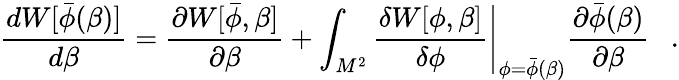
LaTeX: {\frac{dW[\bar{\phi}(\beta)]}{d\beta}}={\frac{\partial W[\bar{\phi},\beta]}{\partial\beta}}+\left.\int_{M^{2}}{\frac{\delta W[\phi,\beta]}{\delta\phi}}\right|_{\phi=\bar{\phi}(\beta)}{\frac{\partial\bar{\phi}(\beta)}{\partial\beta}}~~~.